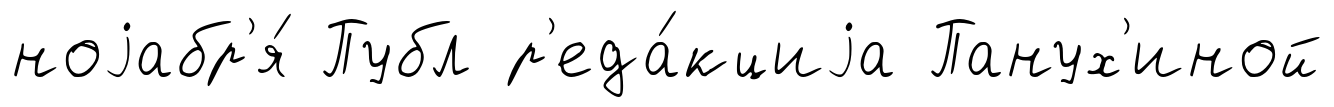
ноjабр'я́ Публ р'еда́кциjа Панух'иной